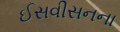
ઈસવીસનના